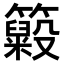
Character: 𥶵